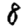
Digit: 8